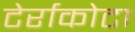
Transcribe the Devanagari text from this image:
टेर्राकोटा